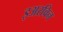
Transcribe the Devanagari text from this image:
इअरविन